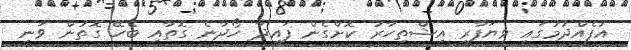
އުފެއްދުމުގައި ވިޔަފާރި އިޝްތިހާރު ކޮށްގެން ފައިދާ ހޯދާނެ ގޮތާއި ބެހޭ ގޮތުން ވަނީ